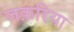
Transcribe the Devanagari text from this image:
जक़रिया